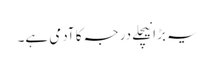
یہ بڑا نیچلے درجہ کا آدمی ہے۔